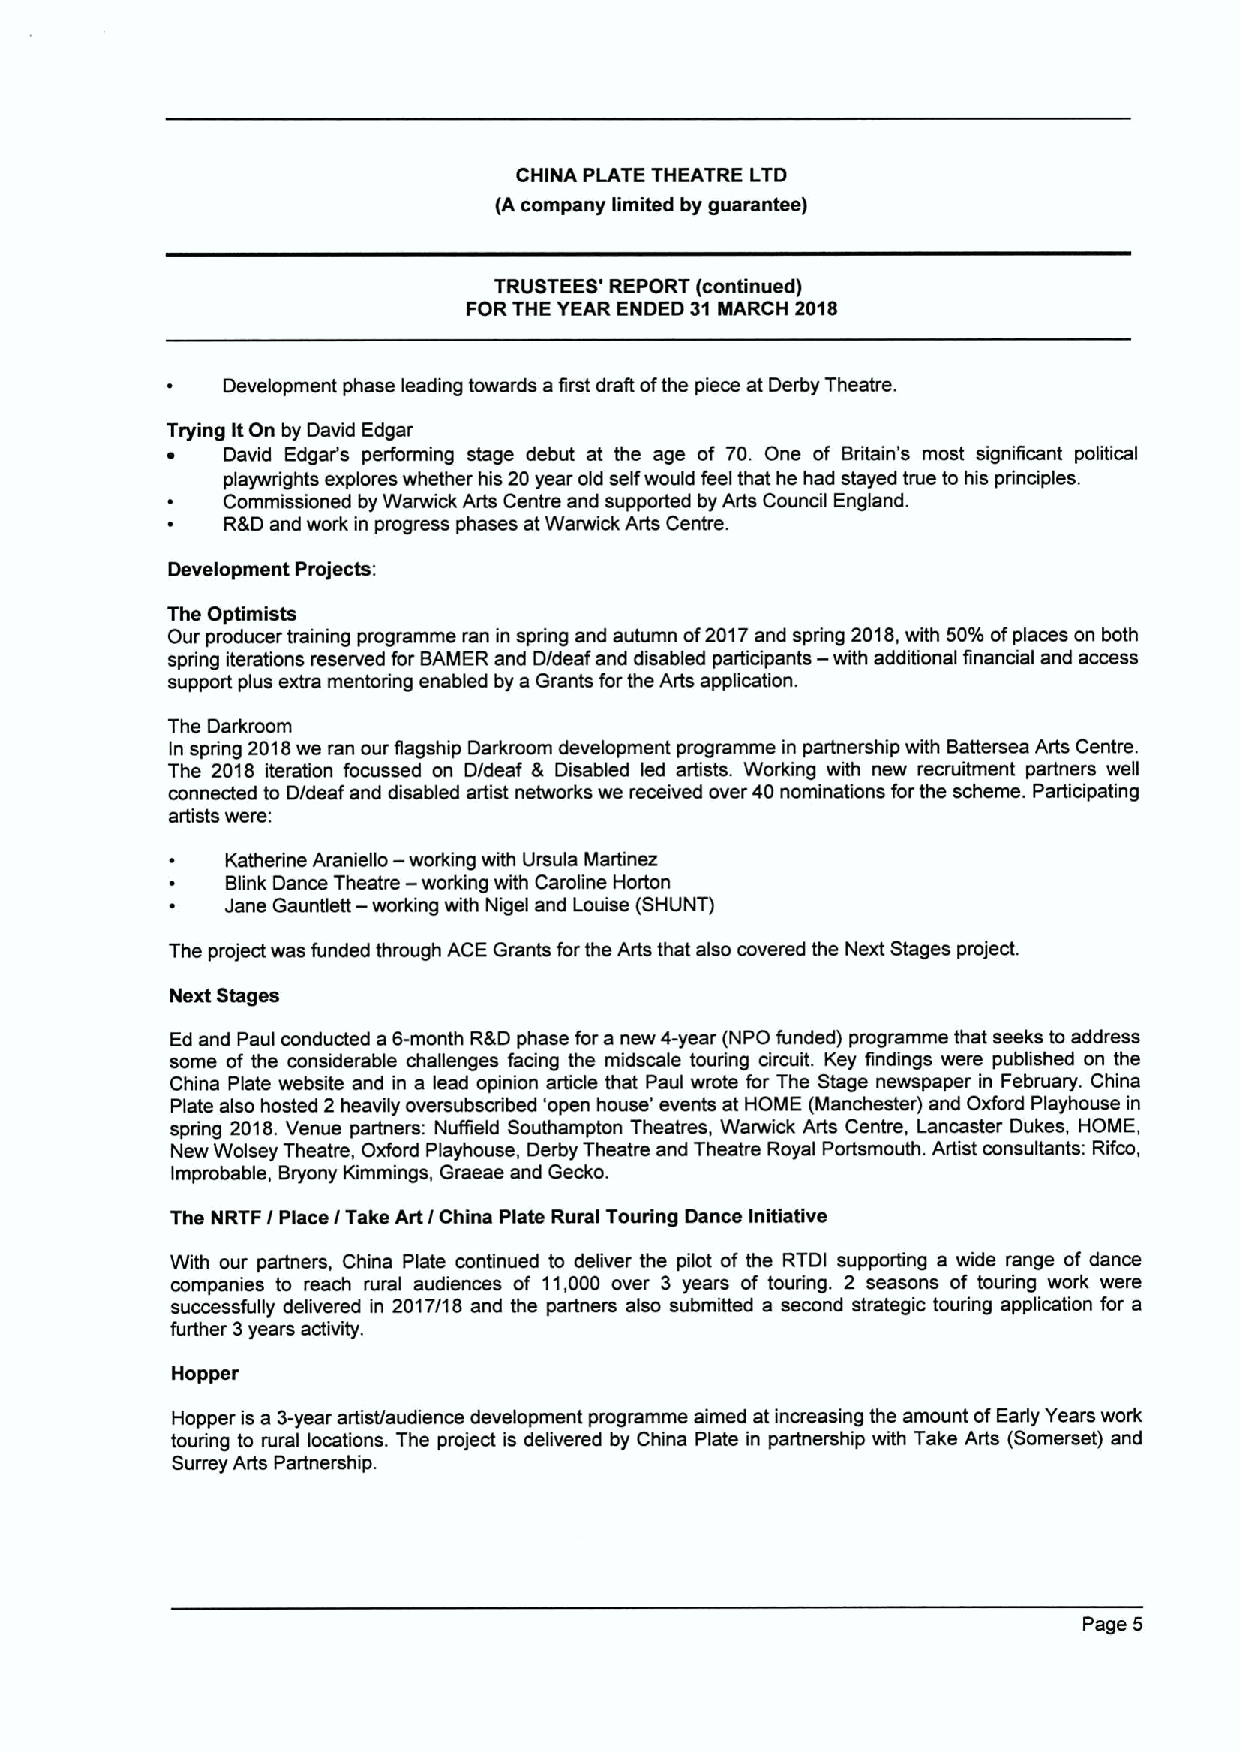
CHINA PLATE THEATRE LTD
 (Acompany limited by guarantee)
 TRUSTEES' REPORT (continued)
 FORTHE YEAR ENDED 31MARCH 2018
 Development phase leading towards afirst draft ofthe piece at Derby Theatre.
 Trying ItOn by David Edgar
 ~   David Edgar's performing stage debut at the age of 70. One of Britain's most significant political
 playwrights explores whether his 20year old selfwould feel that he had stayed true to his principles.
 Commissioned by Warwick Arts Centre and supported by Arts Council England.
 R&Dand work in progress phases atWarwick Arts Centre.
 Development Projects:
 The Optimists
 Our producer training programme ran in spring and autumn of2017and spring 2018,with 50%ofplaces on both
 spring iterations reserved for BAMER and D/deaf and disabled participants — with additional financial and access
 support plus extra mentodng enabled by a Grants forthe Arts application.
 The Darkroom
 ln spring 2018we ran our flagship Darkroom development programme in partnership with Battersea Arts Centre.
 The 2018 iteration focussed on D/deaf & Disabled led artists. Working with new recruitment partners well
 connected to D/deaf and disabled artist networks we received over 40 nominations forthe scheme. Participating
 artists were:
 —
 Katherine Araniello working with Ursula Martinez
 —
 Blink Dance Theatre working with Caroline Horton
 Jane Gauntlett- working with Nigel and Louise (SHUNT)
 The project was funded through ACE Grants forthe Arts that also covered the Next Stages project.
 Next Stages
 Ed and Paul conducted a 6-month R8D phase fora new 4-year (NPO funded) programme that seeks to address
 some of the considerable challenges facing the midscale touring circuit. Key findings were published on the
 China Plate website and in a lead opinion article that Paul wrote for The Stage newspaper in February. China
 Plate also hosted 2 heavily oversubscribed 'open house' events at HOME (Manchester) and Oxford Playhouse in
 spring 2018.Venue partners: Nuffield Southampton Theatres, Warwick Arts Centre, Lancaster Dukes, HOME,
 New Wolsey Theatre, Oxford Playhouse, Derby Theatre and Theatre Royal Portsmouth. Artist consultants: Rifco,
 Improbable, Bryony Kimmings, Graeae and Gecko.
 The NRTF / Place / Take Art / China Plate Rural Touring Dance Initiative
 With our partners, China Plate continued to deliver the pilot of the RTDI supporting a wide range of dance
 companies to reach rural audiences of 11,000 over 3 years of touring. 2 seasons of touring work were
 successfully delivered in 2017/18 and the partners also submitted a second strategic touring application for a
 further 3years activity.
 Hopper
 Hopper is a 3-year artist/audience development programme aimed at increasing the amount ofEarly Years work
 touring to rural locations. The project is delivered by China Plate in partnership with Take Arts (Somerset) and
 Surrey Arts Partnership.
 Page 5